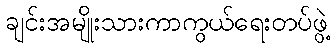
ချင်းအမျိုးသားကာကွယ်ရေးတပ်ဖွဲ့